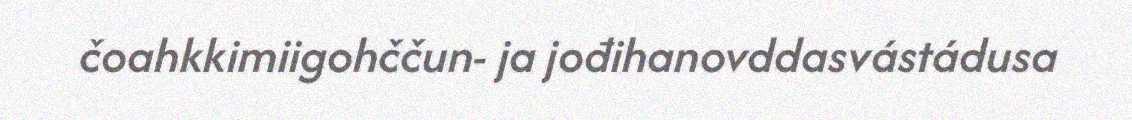
čoahkkimiigohččun- ja jođihanovddasvástádusa